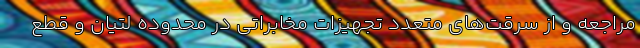
مراجعه و از سرقت‌های متعدد تجهیزات مخابراتی در محدوده لتیان و قطع